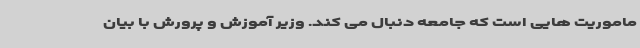
ماموریت هایی است که جامعه دنبال می کند. وزیر آموزش و پرورش با بیان